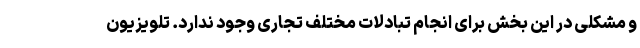
و مشکلی در این بخش برای انجام تبادلات مختلف تجاری وجود ندارد. تلویزیون